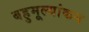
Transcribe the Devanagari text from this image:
बहुमूल्यांकन